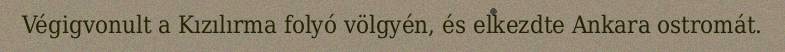
Végigvonult a Kızılırma folyó völgyén, és elkezdte Ankara ostromát.